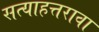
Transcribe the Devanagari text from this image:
सत्याहत्तरावा